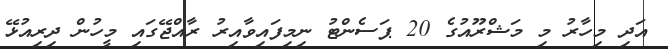
އަދި މިހާރު މި މަޝްރޫއުގެ 20 ޕަސެންޓު ނިމިފައިވާއިރު ރާއްޖޭގައި މީހުން ދިރިއުޅޭ